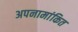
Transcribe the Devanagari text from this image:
अपनामांकित